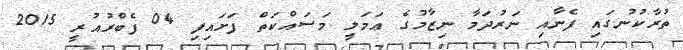
ތުރާކުނުގައި ފެނާއި ނަރުދަމާ ނިޒާމުގެ ޢަމަލީ މަސައްކަތް ފަށައިފި 04 ފެބްރުއުރީ 2015